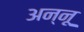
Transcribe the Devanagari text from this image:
अन्‍नू